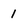
Character: 1